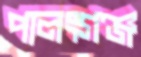
পালংগঞ্জ